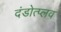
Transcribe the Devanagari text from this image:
दंडोत्प्लव